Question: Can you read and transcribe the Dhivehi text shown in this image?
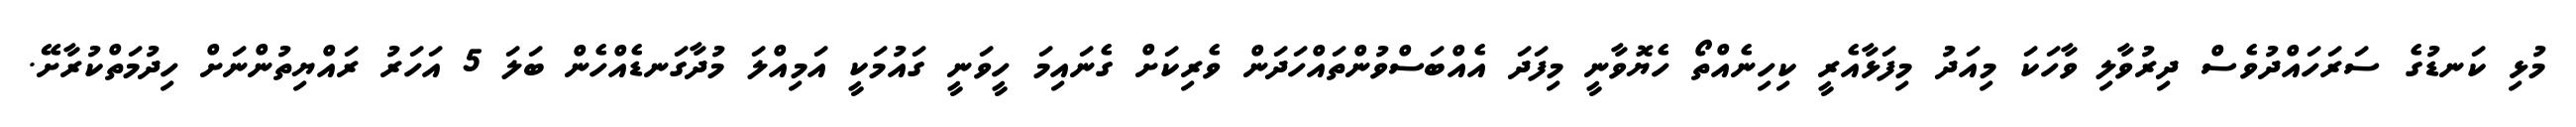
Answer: މުޅި ކަނޑުގެ ސަރަހައްދުވެސް ދިރުވާލި ވާހަކަ މިއަދު މިފަޅާއެރީ ކިހިނެއްތޯ ހެޔޮވާނީ މިފަދަ އެއްބަސްވުންތައްހަދަން ވެރިކަށް ގެނައިމަ ހީވަނީ ގައުމަކީ އަމިއްލަ މުދާގަނޑެއްހެން ބަލަ 5 އަހަރު ރައްޔިތުންނަށް ހިދުމަތްކުރާށޭ.